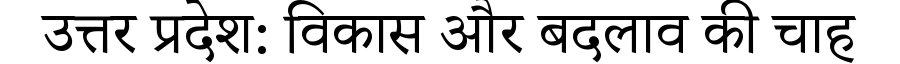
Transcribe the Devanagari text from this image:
उत्तर प्रदेश: विकास और बदलाव की चाह